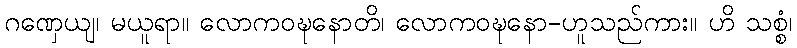
ဂဏှေယျ၊ မယူရာ။ လောကဝဍ္ဎနောတိ၊ လောကဝဍ္ဎနော-ဟူသည်ကား။ ဟိ သစ္စံ၊